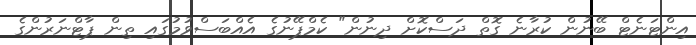
އިންޓަނެޓް ބޭނުން ކުރާނެ ގޮތް ދަސްކޮށް ދިނުން" ކެމްޕޭނުގެ އެއްބަސްވުމުގައި ތިން ޕާޓްނަރުންގެ